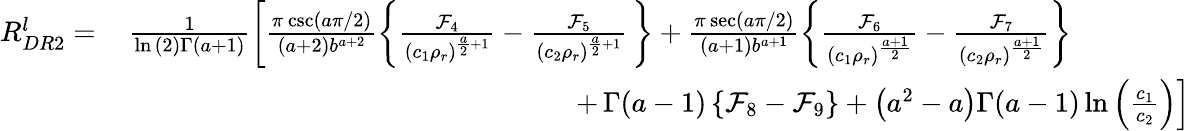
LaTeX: \begin{array}{rl}{R_{DR2}^{l}=}&{\, \frac{1}{\ln{(2)}\Gamma(a+1)}\left[\frac{\pi\, \mathrm{csc}\left({a\pi}/{2}\right)}{\left(a+2\right)b^{a+2}}\left\{ \frac{\mathcal{F}_{4}}{(c_{1}\rho_{r})^{\frac{a}{2}+1}}-\frac{\mathcal{F}_{5}}{(c_{2}\rho_{r})^{\frac{a}{2}+1}}\, \right\} +\frac{\pi\, \mathrm{sec}\left({{a\pi}/{2}}\right)}{\left(a+1\right)b^{a+1}}\left\{ \frac{\mathcal{F}_{6}}{(c_{1}\rho_{r})^{\frac{a+1}{2}}}-\frac{\mathcal{F}_{7}}{(c_{2}\rho_{r})^{\frac{a+1}{2}}}\right\} \right.}\\ &{\left.\qquad\qquad\qquad\qquad\qquad\qquad\qquad\qquad+\, \Gamma(a-1)\left\{ \mathcal{F}_{8}-\mathcal{F}_{9}\right\} +\left(a^{2}-a\right)\Gamma(a-1)\ln\left(\frac{c_{1}}{c_{2}}\right)\right]}\end{array}